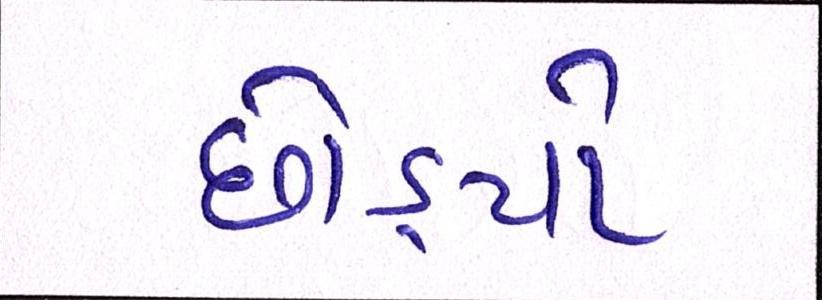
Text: છોડ્યો